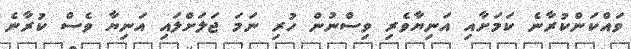
ވައްކަންކުރާނެ ކަމަށާއި އަނިޔާވެރި ވިސްނުން ހުރި ނަމަ ޖަލަށްލައި އަނިޔާ ވެސް ކުރާނެ